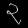
Digit: ၃